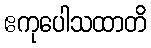
ဧကုပေါသထာတိ